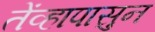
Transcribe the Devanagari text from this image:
तेंव्हापासुन